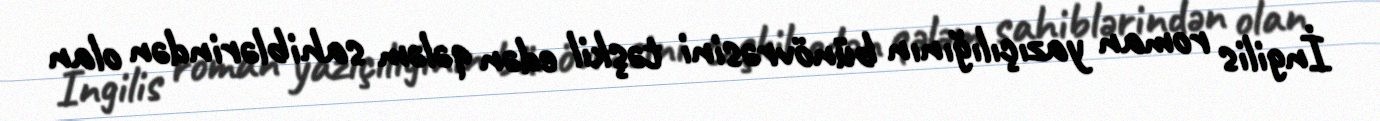
İngilis roman yazıçılığının bünövrəsini təşkil edən qələm sahiblərindən olan